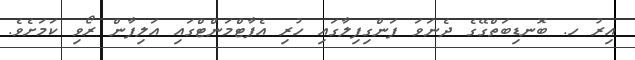
އިރު ހ. ބޮނޑިބަތްގޭގެ ދެނަވަ ފަންގިފިލާގައި ހުރި އެޕާޓްމަންޓްގައި އަލިފާން ރޯވި ކަމަށެވެ.